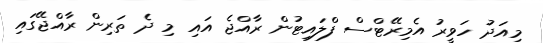
މިއަދު ހަވީރު އެމިރޭޓްސް ފްލައިޓުން ރާއްޖެ އައި މި ދެ ތަރިން ރާއްޖޭގައި